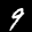
Label: 9